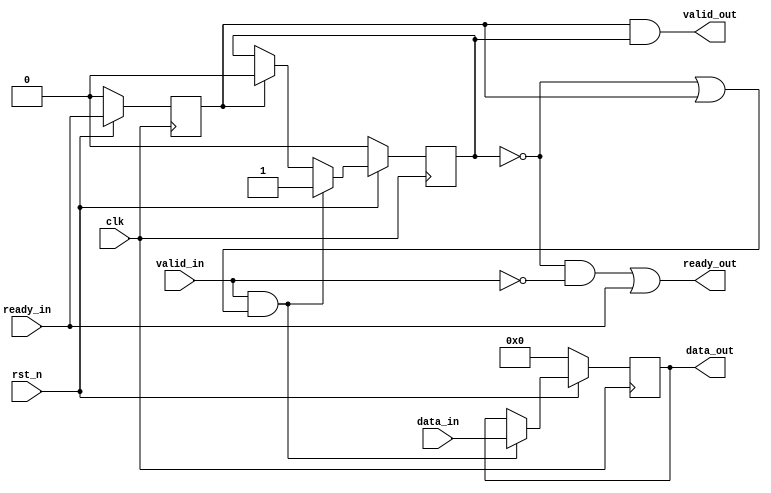
module STREAM_REG_FILTER(ready_out, valid_out, data_out, ready_in, valid_in, data_in, clk, rst_n);

	// Input Port(s)
	input clk, rst_n;
	input ready_in, valid_in;
	input [DATA_WIDTH-1:0] data_in;
	
	// Output Port(s)
	output ready_out, valid_out;
	output reg [DATA_WIDTH-1:0] data_out;

	// Parameter Declaration(s)
	parameter DATA_WIDTH = 26;
	
	reg data_valid, ready_in_d;

	always@(posedge clk) begin
		if (~rst_n) begin
			data_out <= 1'b0;
			data_valid <= 0;
			ready_in_d <= 0;
			end
		else begin
			ready_in_d <= ready_in;
			if (valid_in & (~data_valid | ready_in_d)) begin
				data_out <= data_in;
				data_valid <= 1;
				end
			else if (ready_in_d) begin
				data_valid <= 0;
				end
			end
	end
	
	assign ready_out = (~data_valid & ~valid_in) | ready_in;
	assign valid_out = ready_in_d & data_valid;


endmodule